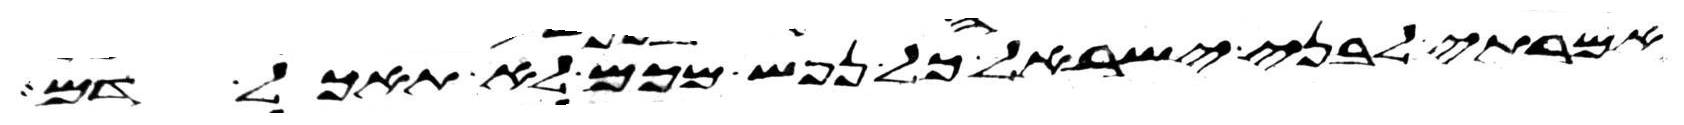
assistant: אמרתי לבני ישראל כל נפש מכם לא תאכל דם